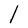
Character: I